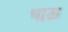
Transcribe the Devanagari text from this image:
धाऊ